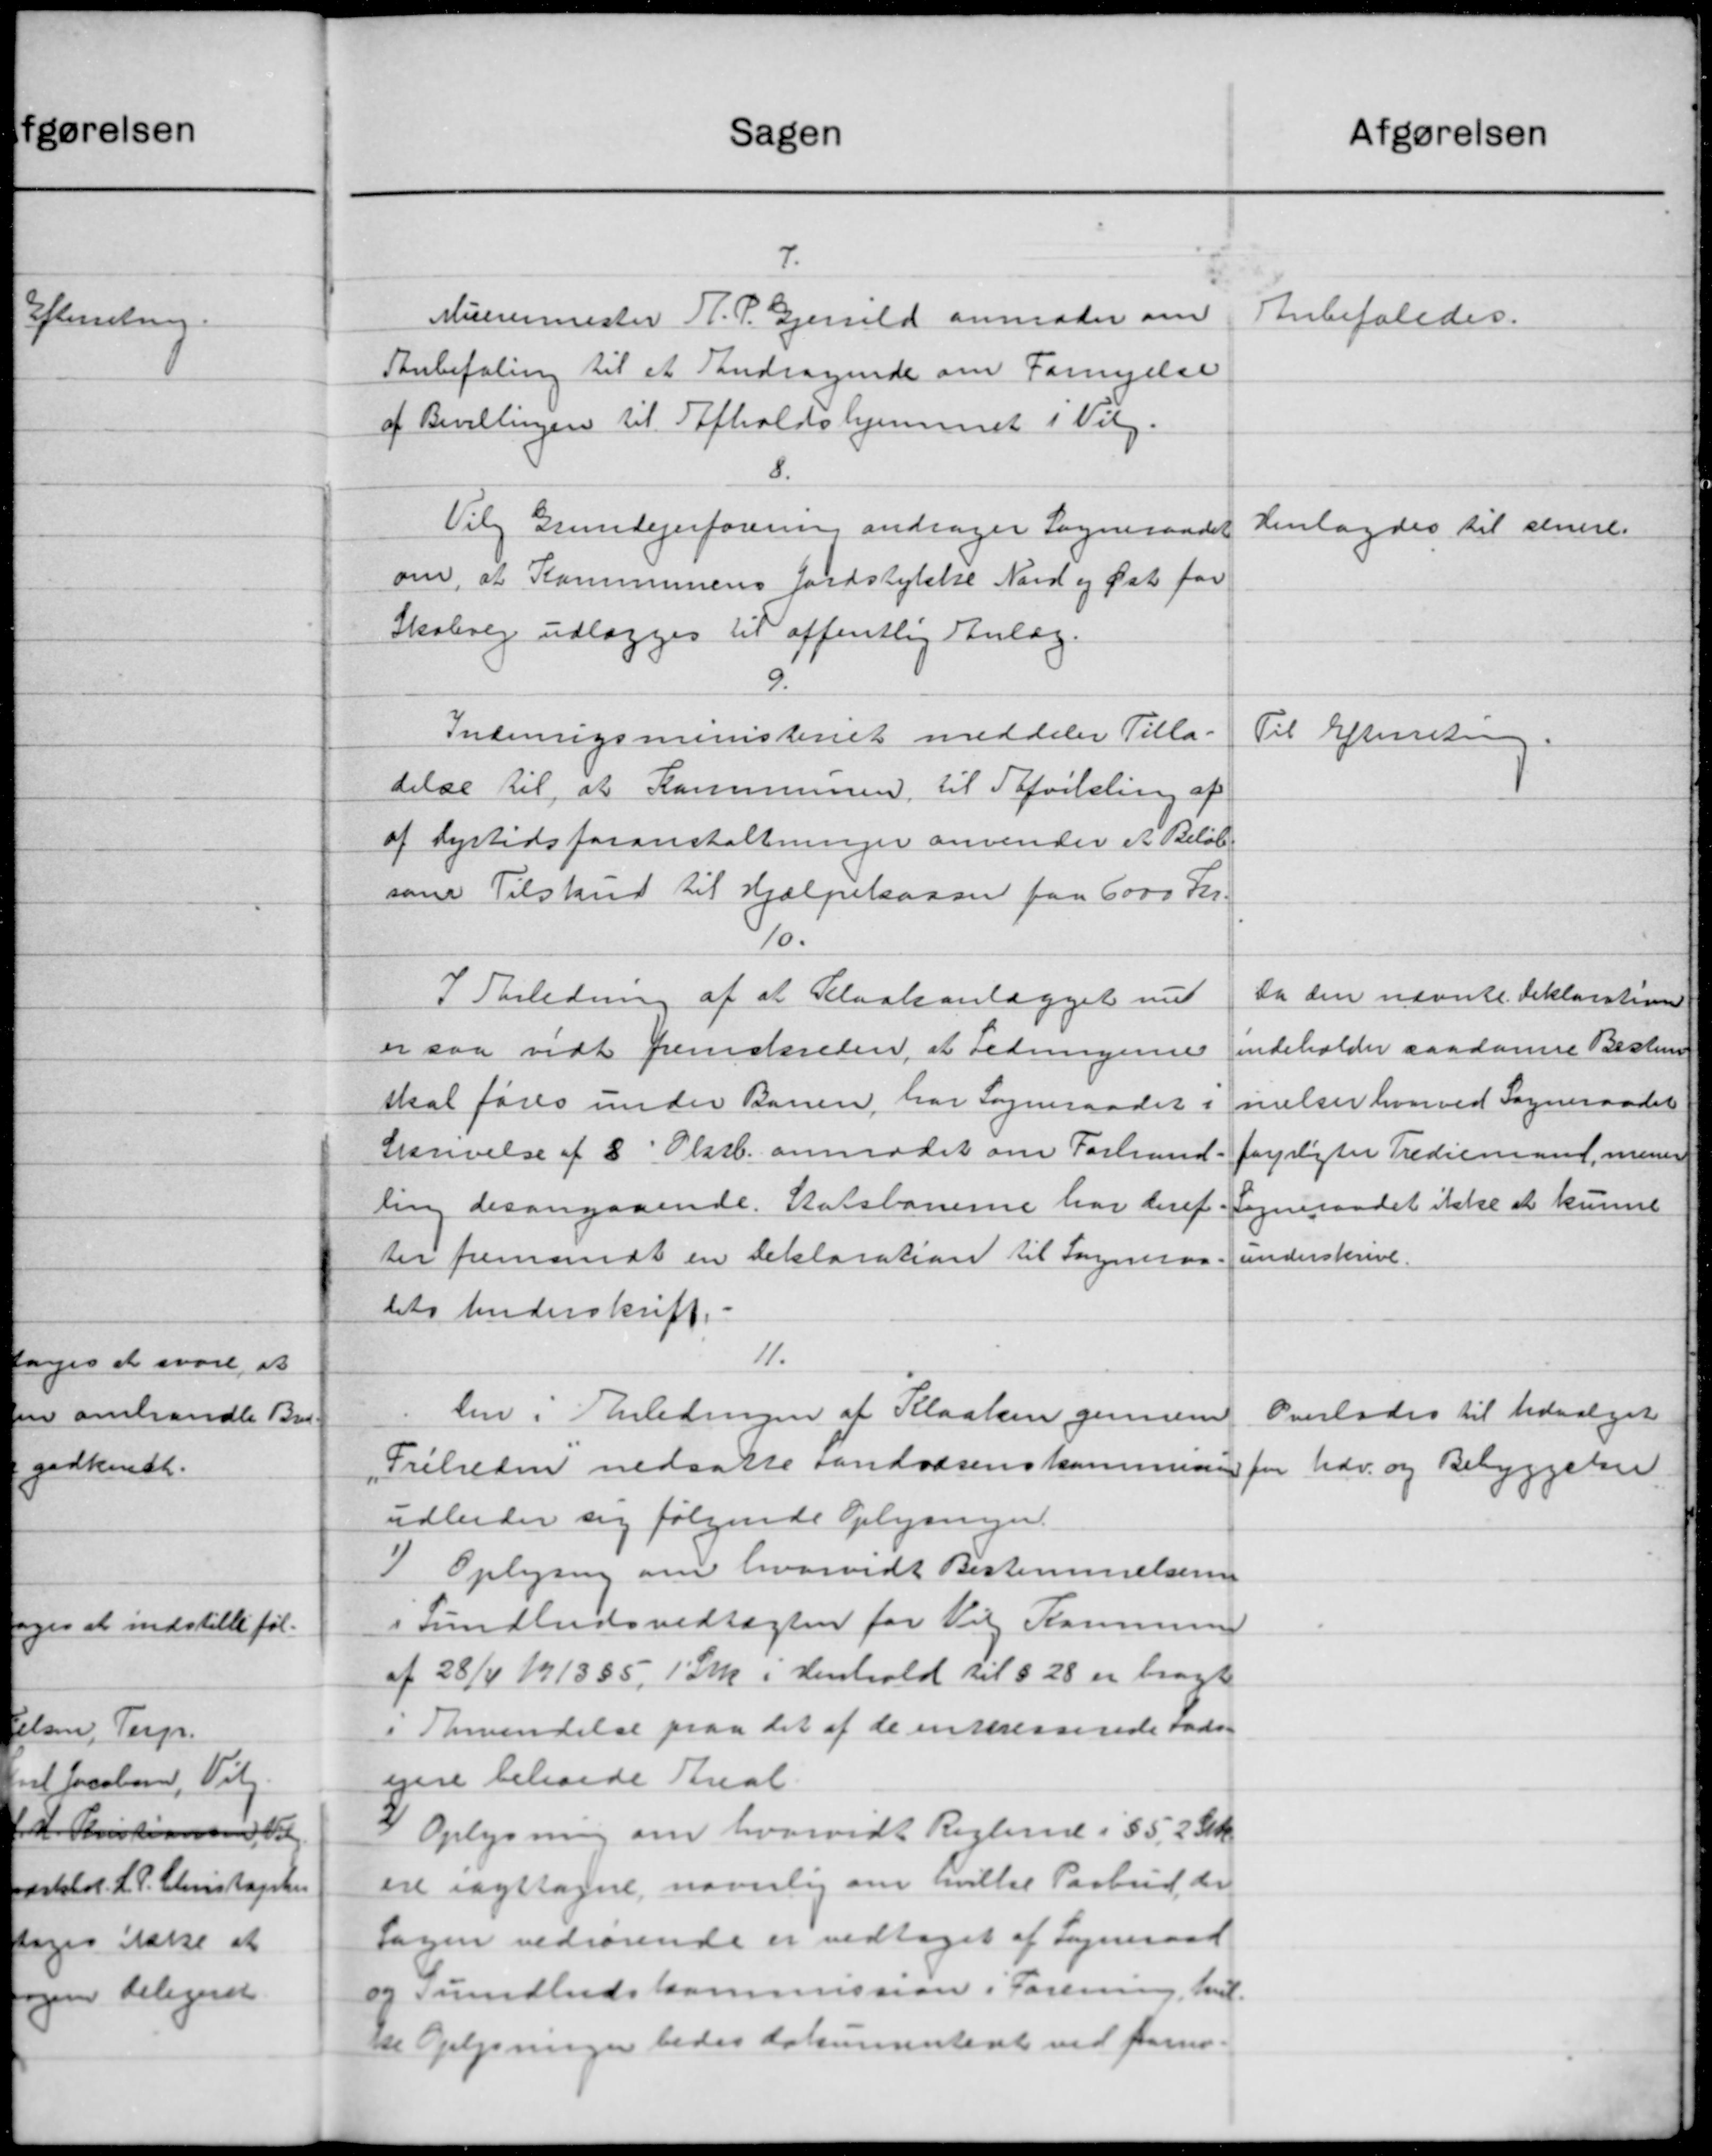
Transskription:
Sagen
7.
Murermester H. P. Gjerrild anmoder om
Anbefaling til et Andragende om Fornyelse
af Bevillingen til Afholdshjemmet i Vilg.
8.
Vilg Grundejerforening andrager Sogneraadet
om, at Kommunens Jordstykke Nord og Øst for
Skolevej udlægges til offentlig Anlæg.
9.
Indenrigsministeriet meddeler Tilla-
delse til, at Kommunen til Afvilling af
af Dyrtidsforanstaltninger anvender et Beløb
som Tilskud til Hjælpekassen paa 6000 Kr.
110.
I Anledning af at Selvakanlægget med
er saa vidt fremskreden, at Ledningerne
skal føres under Banen, har Sogneraadet i
Skrivelse af 8 Oktb. anmodet om Forbrand
ling desangaaende. Statsbanerne har deref
Der fremsendt en Deklaration til Sogneraa
dets Underskrift.
11.
len i Anledningen af Kloaken gennem
Friheden nedsatte Landvæsenskommissi
udbeder sig følgende Oplysninger.
I Oplysning om hvorvidt Bestemmelserne
i Sundhedsvedtægten for Vil Kommune
af 28/4 1913 85, 1 Stk i Henhold til §28 er bragt
i Svendelse paa det af de indresserede Fads-
ejere behande Areal.
2) Oplysning om hvorvidt Reglerne i §52 Stk.
ere iagttagne, navnlig om hvilke Paabud de
Sagen vedrørende er vedtaget af Sogneraad
og Sundhedskommission i Forening hvil-
ne Oplysninger bedes dokumenteret ved fore-